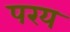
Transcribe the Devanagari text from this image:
परय